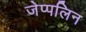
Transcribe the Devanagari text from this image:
जेप्पलिन